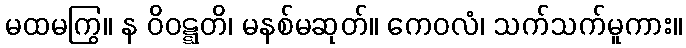
မထမကြွ။ န ဝိဝဋ္ဋတိ၊ မနစ်မဆုတ်။ ကေဝလံ၊ သက်သက်မူကား။